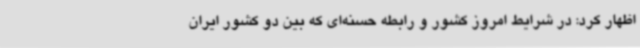
اظهار کرد: در شرایط امروز کشور و رابطه حسنه‌ای که بین دو کشور ایران